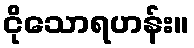
ငိုသောရဟန်း။